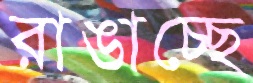
রাঙাচ্ছে